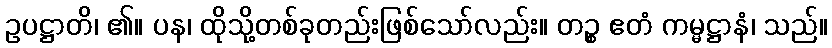
ဥပဋ္ဌာတိ၊ ၏။ ပန၊ ထိုသို့တစ်ခုတည်းဖြစ်သော်လည်း။ တဉ္စ ဧတံ ကမ္မဋ္ဌာနံ၊ သည်။